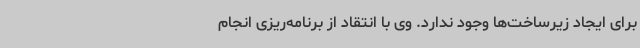
برای ایجاد زیرساخت‌ها وجود ندارد. وی با انتقاد از برنامه‌ریزی انجام